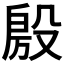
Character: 𭮴